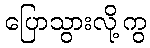
ပြောသွားလို့ကွ